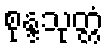
စုန္ဒသုတ္တံ